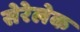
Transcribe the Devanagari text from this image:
सेरेलेक